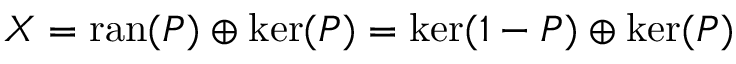
X = \operatorname { r a n } ( P ) \oplus \ker ( P ) = \ker ( 1 - P ) \oplus \ker ( P )